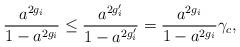
LaTeX: \begin{align*}\frac{a^{2g_i}}{1-a^{2g_i}} \le \frac{a^{2g_i^\prime}}{1-a^{2g_i^\prime}}&= \frac{a^{2g_i}}{1-a^{2g_i}}\gamma_c,\end{align*}